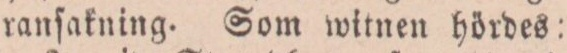
ranſakning. Som witnen hördes: